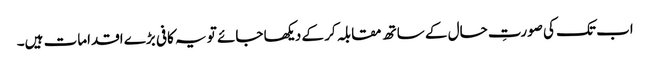
اب تک کی صورتِ حال کے ساتھ مقابلہ کر کے دیکھا جائے تو یہ کافی بڑے اقدامات ہیں۔